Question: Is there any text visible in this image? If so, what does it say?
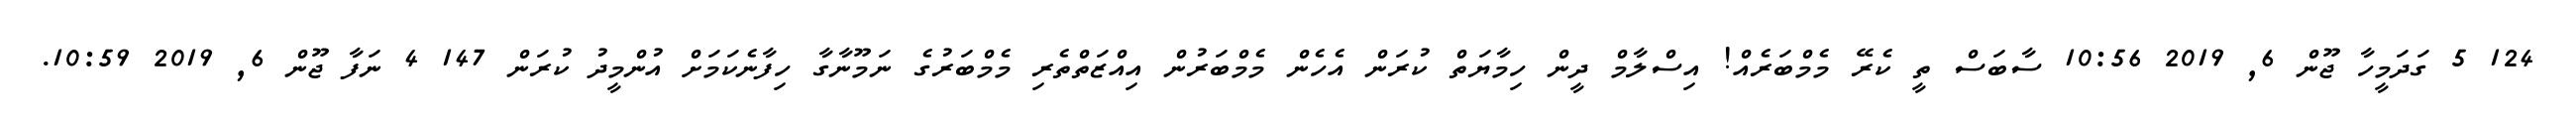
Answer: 124 5 ގަދަމީހާ ޖޫން 6, 2019 10:56 ސާބަސް ތީ ކެރޭ މެމްބަރެއް! އިސްލާމް ދީން ހިމާޔަތް ކުރަން އެހެން މެމްބަރުން އިއްޒަތްތެރި މެމްބަރުގެ ނަމޫނާގާ ހިފާނެކަމަށް އުންމީދު ކުރަން 147 4 ނަފާ ޖޫން 6, 2019 10:59.